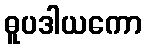
ဓူပဒါယကော